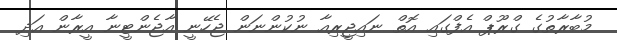
މުބާރާތުގެ ގްރޫޕް އެފްގައި އޮތް ނައިޖީރިއާ ނުކުންނަން ޖެހޭނީ އާޖެންޓީނާ އީރާން އަދި